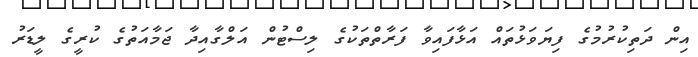
އިން ދަތިކުރުމުގެ ފިޔަވަޅުތައް އަޅާފައިވާ ފަރާތްތަކުގެ ލިސްޓުން އަލްގާއިދާ ޖަމާއަތުގެ ކުރީގެ ލީޑަރު